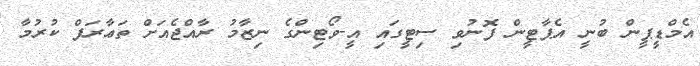
އެމްޑީޕީން ބުނީ އެޕާޓީން ފޮނުވި ސިޓީގައި އީ-ވޯޓިންގެ ނިޒާމު ރާއްޖެއަށް ތަޢާރަފް ކުރުމާ